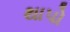
થાપો